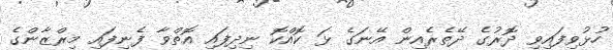
ހުޅުވިފައިވި ދޮރުގެ ދޭތެރެއިން އޭނަގެ ޅަ ކޮއްކޮ ނިދިފައި އޮތްވާ ފެނިފައި މިރްޒާންގެ